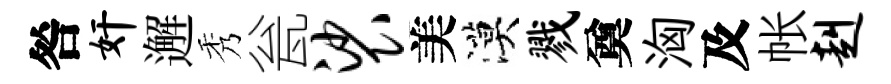
咎奸邂秀瓮裟美漠戮奠洶及帐赳